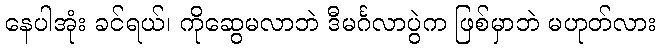
နေပါအုံး ခင်ရယ်၊ ကိုဆွေမလာဘဲ ဒီမင်္ဂလာပွဲက ဖြစ်မှာဘဲ မဟုတ်လား